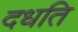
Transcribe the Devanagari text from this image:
दधति